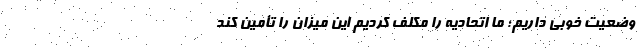
وضعیت خوبی داریم؛ ما اتحادیه را مکلف کردیم این میزان را تأمین کند